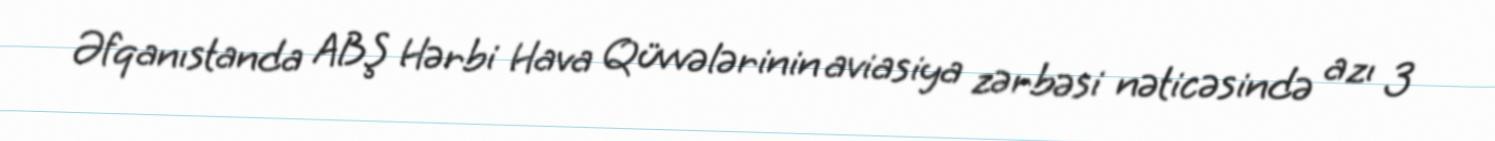
Əfqanıstanda ABŞ Hərbi Hava Qüvvələrinin aviasiya zərbəsi nəticəsində azı 3